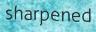
sharpened